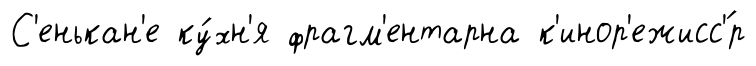
С'енькан'е ку́хн'я фрагм'ентарна к'инор'ежисс'́р